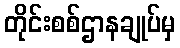
တိုင်းစစ်ဌာနချုပ်မှ